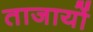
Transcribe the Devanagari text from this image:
ताजायों